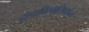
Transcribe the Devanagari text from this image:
दृश्यविस्मृतिपर्यन्तं